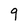
Character: 9